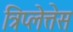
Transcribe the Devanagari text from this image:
त्रिप्लेत्तेस